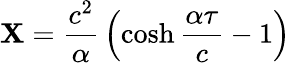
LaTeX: \mathbf{X}={\frac{{c^{2}}}{{\alpha}}}\left(\cosh{\frac{{\alpha\tau}}{{c}}}-1\right)